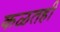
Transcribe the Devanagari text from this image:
कळतही